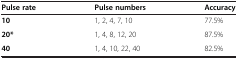
<table><thead><tr><td><b>Pulse rate</b></td><td><b>Pulse numbers</b></td><td><b>Accuracy</b></td></tr></thead><tbody><tr><td><b>10</b></td><td>1, 2, 4, 7, 10</td><td>77.5%</td></tr><tr><td><b>20*</b></td><td>1, 4, 8, 12, 20</td><td>87.5%</td></tr><tr><td><b>40</b></td><td>1, 4, 10, 22, 40</td><td>82.5%</td></tr></tbody></table>